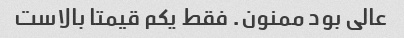
عالی بود ممنون. فقط یکم قیمتا بالاست